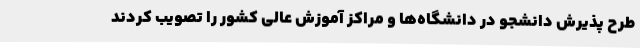
طرح پذیرش دانشجو در دانشگاه‌ها و مراکز آموزش عالی کشور را تصویب کردند